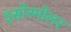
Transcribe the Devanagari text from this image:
इसोस्मोलर